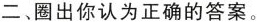
二﹑圈出你认为正确的答案。